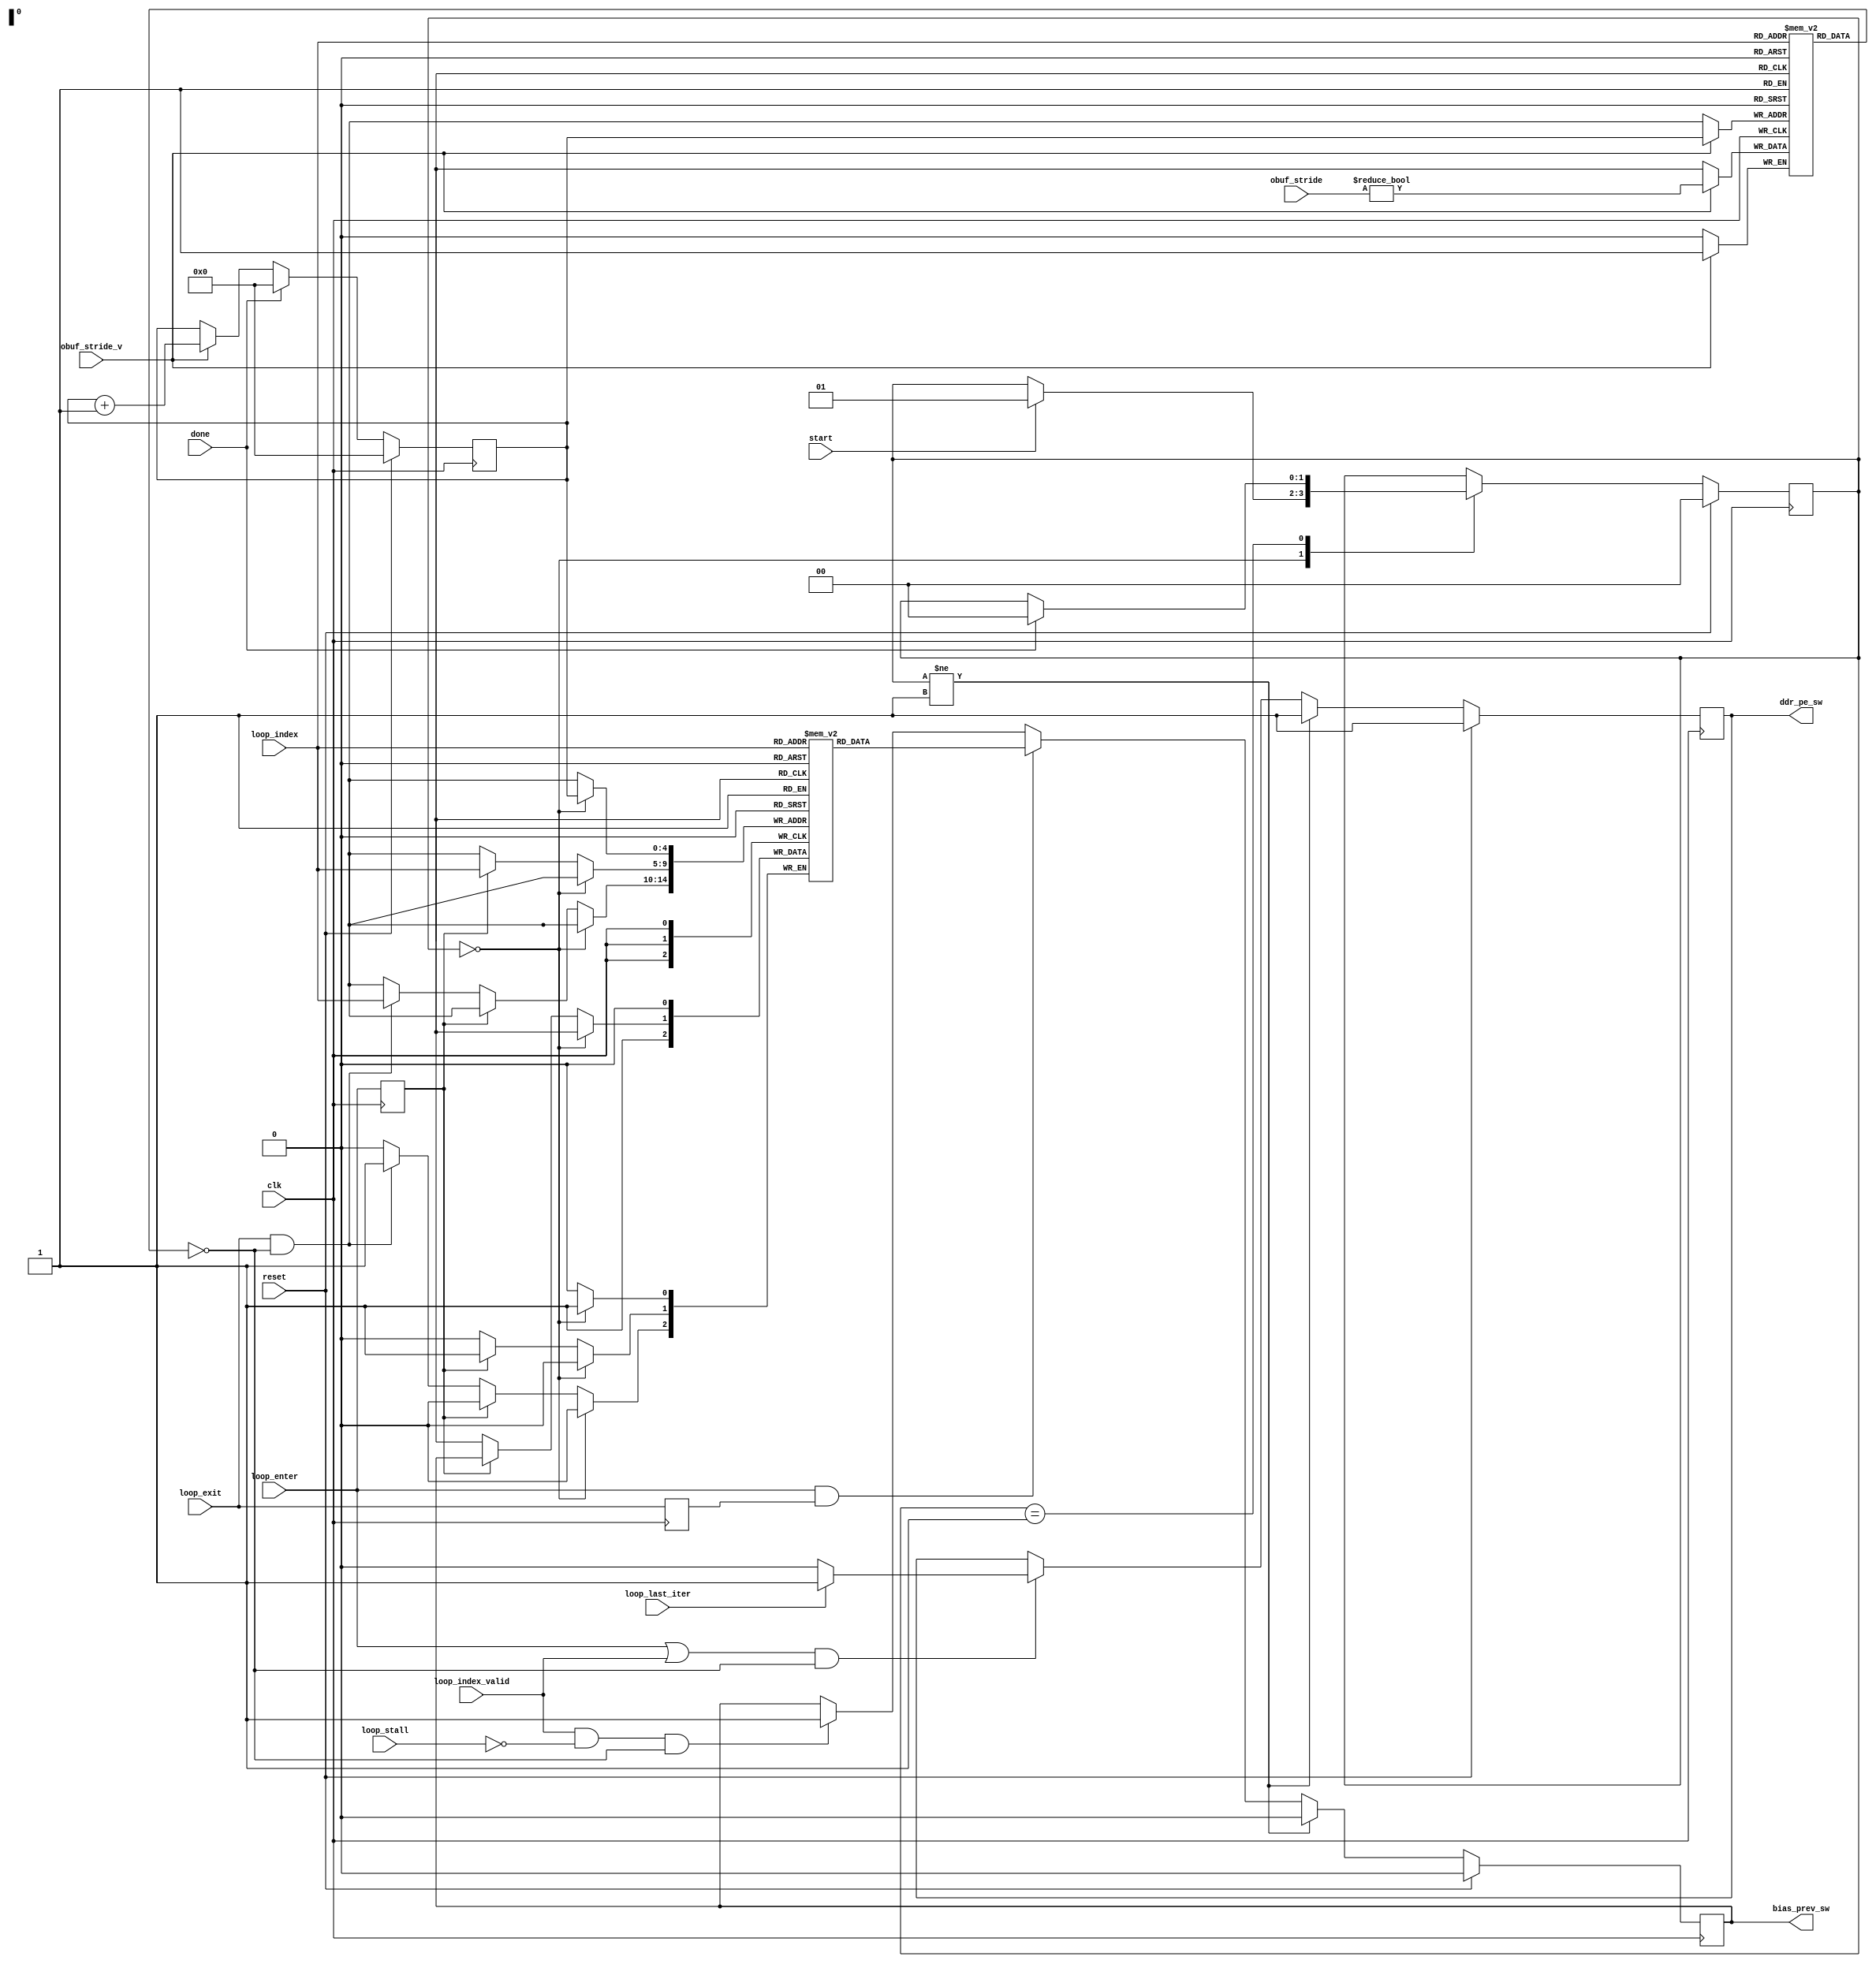
`timescale 1ns/1ps
module obuf_bias_sel_logic #(
    parameter integer  LOOP_ID_W                    = 5,
    parameter integer  ADDR_STRIDE_W                = 16
) (
    input  wire                                         clk,
    input  wire                                         reset,
  // Handshake
    input  wire                                         start,
    input  wire                                         done,
    input  wire  [ ADDR_STRIDE_W        -1 : 0 ]        obuf_stride,
    input  wire                                         obuf_stride_v,
    input  wire                                         loop_last_iter,
    input  wire                                         loop_stall,
    input  wire                                         loop_enter,
    input  wire                                         loop_exit,
    input  wire                                         loop_index_valid,
    input  wire  [ LOOP_ID_W            -1 : 0 ]        loop_index,
    output wire                                         bias_prev_sw,
    output wire                                         ddr_pe_sw
);


//=============================================================
// Wires & Regs
//=============================================================
  // Logic to track if a loop variable has dependency on obuf address or not
    //  When the address for obuf depends on the loop variable, it inherits the
    //  modified status from the previous loop as we enter the current loop
    //  Otherwise, the current loop's modified status is changed to modified
    //  upon exit
    reg  [ LOOP_ID_W            -1 : 0 ]        loop_id;

  // Store if current loop variable has a dependency to obuf
    reg obuf_loop_dep [(1<<LOOP_ID_W)-1:0];
  // Store if current loop variable should use obuf for bias
    reg bias_obuf_status [(1<<LOOP_ID_W)-1:0];
  // Store if current loop variable should be stored in ddr or pe
//    reg ddr_pe_status [(1<<LOOP_ID_W)-1:0];
//=============================================================

//=============================================================
// FSM
//=============================================================
    reg  [ 2                    -1 : 0 ]        state_d;
    reg  [ 2                    -1 : 0 ]        state_q;
    wire [ 2                    -1 : 0 ]        state;

    localparam integer  ST_IDLE                      = 0;
    localparam integer  ST_BUSY                      = 1;

  always @(*)
  begin
    state_d = state_q;
    case(state_q)
      ST_IDLE: begin
        if (start)
          state_d = ST_BUSY;
      end
      ST_BUSY: begin
        if (done)
          state_d = ST_IDLE;
      end
    endcase
  end

    assign state = state_q;
  always @(posedge clk)
  begin
    if (reset)
      state_q <= ST_IDLE;
    else
      state_q <= state_d;
  end
//=============================================================

//=============================================================
// Main logic
//=============================================================
  always @(posedge clk)
  begin
    if (reset)
      loop_id <= 1'b0;
    else begin
      if (done)
        loop_id <= 1'b0;
      else if (obuf_stride_v)
        loop_id <= loop_id + 1'b1;
    end
  end

  always @(posedge clk)
  begin
    if (obuf_stride_v)
      obuf_loop_dep[loop_id] <= obuf_stride != 0;
  end

    reg                                         prev_bias_status;
    wire                                        curr_bias_status;

    wire                                        curr_ddr_status;
    reg                                         prev_ddr_status;

    wire                                        curr_loop_dep;

    reg                                         loop_exit_dly;
    reg                                         loop_enter_dly;
  always @(posedge clk)
    loop_exit_dly <= loop_exit;

  always @(posedge clk)
    loop_enter_dly <= loop_enter;

  always @(posedge clk)
  begin
    if (reset)
      prev_bias_status <= 1'b0;
    else begin
      if (state != ST_BUSY)
        prev_bias_status <= 1'b0;
      else begin
        if (loop_enter && loop_exit_dly)
          prev_bias_status <= curr_bias_status;
        else if (loop_index_valid && ~loop_stall && ~curr_loop_dep)
          prev_bias_status <= 1'b1;
      end
    end
  end

  always @(posedge clk)
  begin
    if (state == ST_IDLE) begin
      bias_obuf_status[loop_id] <= 1'b0;
    end
    else begin
      if (loop_enter_dly) begin
        bias_obuf_status[loop_index] <= prev_bias_status;
      end
      else if (loop_exit && ~curr_loop_dep) begin
        bias_obuf_status[loop_index] <= 1'b1;
      end
    end
  end

    localparam integer  WR_DDR                       = 0;
    localparam integer  WR_PE                        = 1;

  always @(posedge clk)
  begin
    if (reset)
      prev_ddr_status <= WR_PE;
    else begin
      if (state != ST_BUSY)
        prev_ddr_status <= WR_PE;
      else begin
        if ((loop_enter || loop_index_valid) && ~curr_loop_dep)
          prev_ddr_status <= loop_last_iter ? WR_PE : WR_DDR;
      end
    end
  end

  
    assign curr_bias_status = bias_obuf_status[loop_index];
    assign curr_loop_dep = obuf_loop_dep[loop_index];

  wire loop_0_dep = obuf_loop_dep[0];
  wire loop_1_dep = obuf_loop_dep[1];
  wire loop_2_dep = obuf_loop_dep[2];
  wire loop_3_dep = obuf_loop_dep[3];
  wire loop_4_dep = obuf_loop_dep[4];
  wire loop_5_dep = obuf_loop_dep[5];
  wire loop_6_dep = obuf_loop_dep[6];

    assign bias_prev_sw = prev_bias_status;
    assign ddr_pe_sw = prev_ddr_status;
//=============================================================

//=============================================================
// VCD
//=============================================================
  `ifdef COCOTB_TOPLEVEL_obuf_bias_sel_logic
    initial begin
      $dumpfile("obuf_bias_sel_logic.vcd");
      $dumpvars(0, obuf_bias_sel_logic);
    end
  `endif
//=============================================================

endmodule